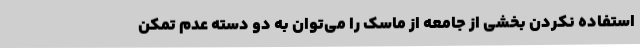
استفاده نکردن بخشی از جامعه از ماسک را می‌توان به دو دسته عدم تمکن